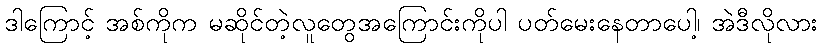
ဒါကြောင့် အစ်ကိုက မဆိုင်တဲ့လူတွေအကြောင်းကိုပါ ပတ်မေးနေတာပေါ့၊ အဲဒီလိုလား